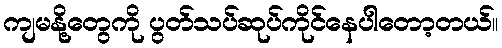
ကျမနို့တွေကို ပွတ်သပ်ဆုပ်ကိုင်နေပါတော့တယ်။